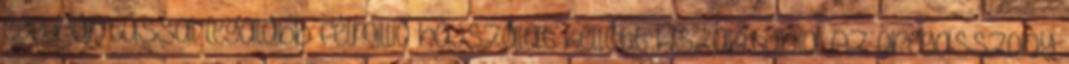
egy rántással legalább félmillió hajszálat kellett kiszakítania. Az öregasszony